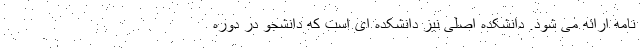
نامه ارائه می شود. دانشکده اصلی نیز دانشکده ای است که دانشجو در دوره